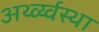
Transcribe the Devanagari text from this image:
अर्थ्व्य्वस्था